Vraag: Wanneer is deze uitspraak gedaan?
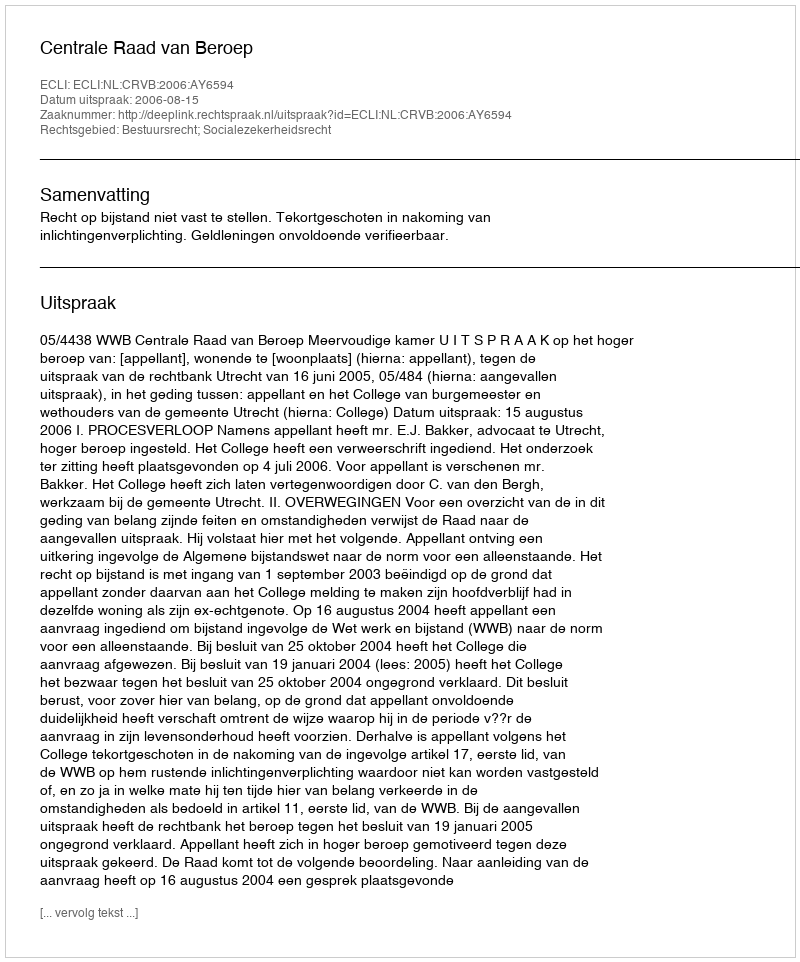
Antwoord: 2006-08-15